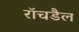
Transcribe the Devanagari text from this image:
रॉचडैल